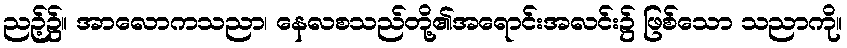
ညဉ့်၌။ အာလောကသညာ၊ နေလစသည်တို့၏အရောင်းအလင်း၌ ဖြစ်သော သညာကို။